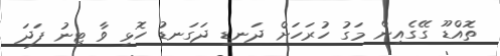
ތޮއްޑޫ ގޭގެއިން މަގު ހުރަހަށް ދަނޑި ދަގަނޑު ހޮޅި ވާ ޓިނު ފަދަ